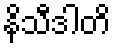
နိသီဒါတိ